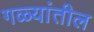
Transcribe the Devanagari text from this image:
गळ्यांतील